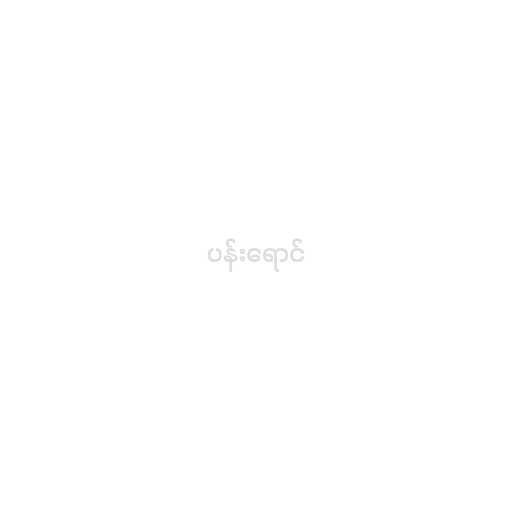
ပန်းရောင်